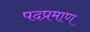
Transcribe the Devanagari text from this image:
पदप्रमाण